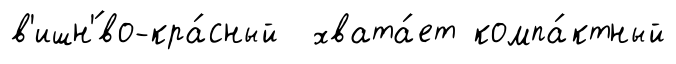
в'ишн'́во-кра́сный хвата́ет компа́ктный